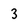
Character: 3